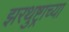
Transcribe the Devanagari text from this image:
झरथुष्ट्राच्या